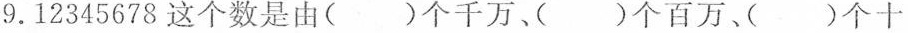
9.12345678这个数是由( )个千万、( )个百万、( )个十